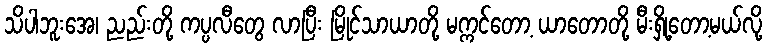
သိပါဘူးအေ၊ ညည်းတို့ ကပ္ပလီတွေ လာပြီး မြိုင်သာယာတို့ မက္ကင်တော့ ယာတောတို့ မီးရှို့တော့မယ်လို့